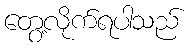
တွေ့လိုက်ရပါသည်